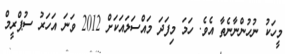
މީހަކު ނުހުންނާނެތާ އެވެ. ހަމަ މިފަދަ މައްސަލައަކަށް 2012 ވަނަ އަހަރު ސުޕްރީމް